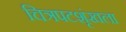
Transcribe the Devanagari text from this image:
चित्रपटशृंखला